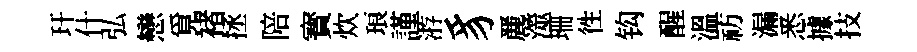
玕什弘戀覓褚拯陪寳炊琅謹㳺豸䴡澨珊徃钩醒溫祊漏悉據技